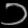
Digit: ၁